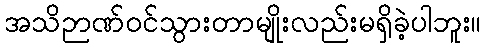
အသိဉာဏ်၀င်သွားတာမျိုးလည်းမရှိခဲ့ပါဘူး။